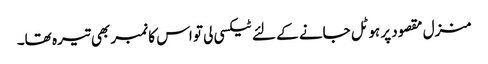
منزل مقصود پر ہوٹل جانے کے لئے ٹیکسی لی تو اس کا نمبر بھی تیرہ تھا۔